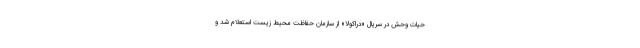
حیات وحش در سریال «دراکولا» از سازمان حفاظت محیط زیست استعلام شد و